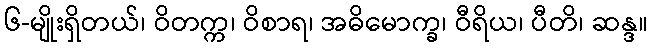
၆-မျိုးရှိတယ်၊ ဝိတက္က၊ ဝိစာရ၊ အဓိမောက္ခ၊ ဝီရိယ၊ ပီတိ၊ ဆန္ဒ။